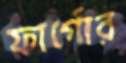
ফার্গোর